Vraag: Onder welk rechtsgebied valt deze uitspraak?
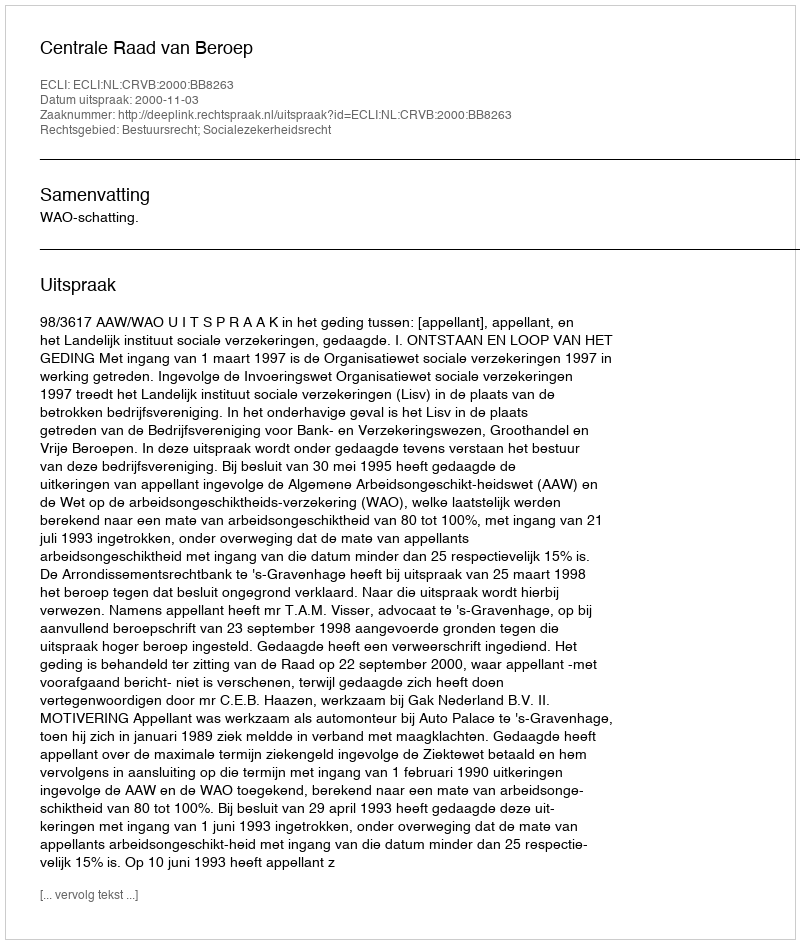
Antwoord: Bestuursrecht; Socialezekerheidsrecht